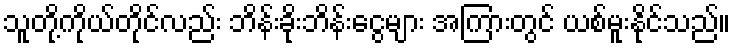
သူတို့ကိုယ်တိုင်လည်း ဘိန်းခိုးဘိန်းငွေများ အကြားတွင် ယစ်မူးနိုင်သည်။